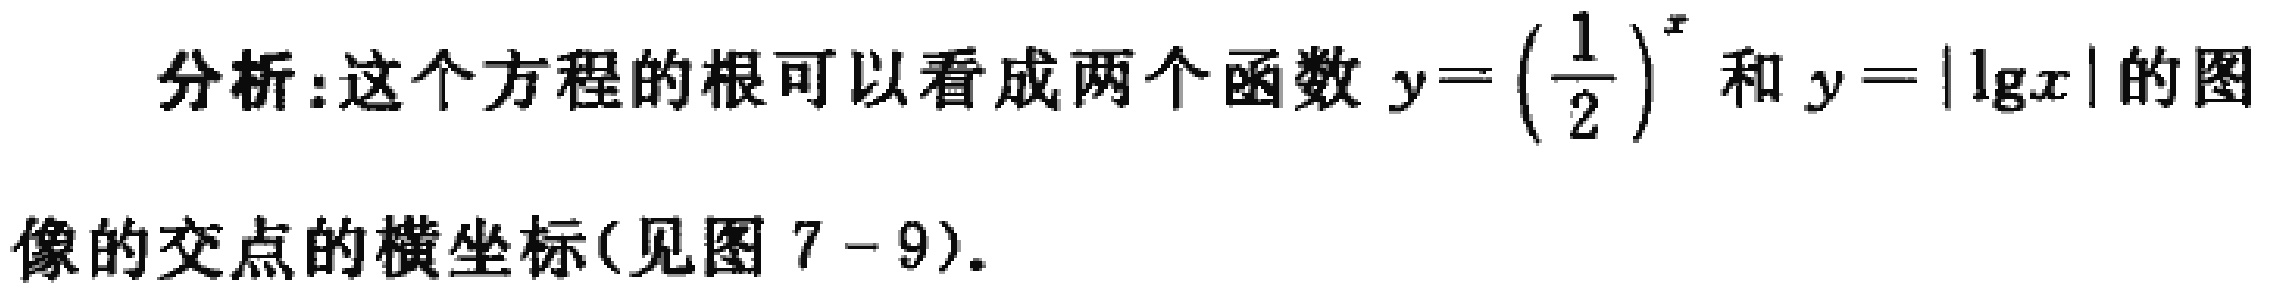
分析:这个方程的根可以看成两个函数 \(y = \left(\frac{1}{2}\right)^x\) 和 \(y = |\lg x|\) 的图像的交点的横坐标(见图 \(7 - 9\))。